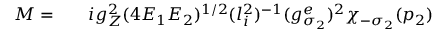
\begin{array} { r l r } { { \cal M } = } & { { } } & { i g _ { Z } ^ { 2 } ( 4 E _ { 1 } E _ { 2 } ) ^ { 1 / 2 } ( l _ { i } ^ { 2 } ) ^ { - 1 } ( g _ { \sigma _ { 2 } } ^ { e } ) ^ { 2 } \chi _ { - \sigma _ { 2 } } ( p _ { 2 } ) } \end{array}